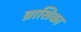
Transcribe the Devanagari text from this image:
ब्रासिका